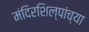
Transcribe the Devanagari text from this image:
मंदिरशिल्पांच्या